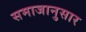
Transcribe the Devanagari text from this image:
समाजानुसार